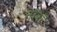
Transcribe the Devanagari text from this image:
नौवॉं